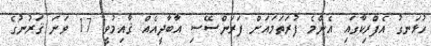
ހުޅަނގު އެފްރިކާގައި އެންމެ ފުރަތަމައަށް ފަރަންސޭސި އާބާދީއެއް ޤާއިމުވީ 17 ވަނަ ޤަރުނުގެ